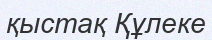
қыстақ Құлеке